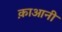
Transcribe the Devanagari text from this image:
क़ाआनी